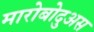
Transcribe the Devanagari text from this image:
मारोबोदुअस